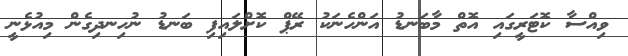
ވިއްސާ ކޮޓަރީގައި އޮތް މާބަނޑު އަންހެނަކު ރޭޕް ކޮށްލައިފި ބަނޑު ނުހިނދިގެން މިއުޅެނީ